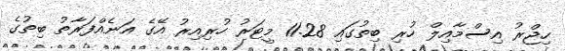
ހިޖްރު އިސްމާއިލް ހުރި ބިތުގައި 11.28 މީޓަރު ހުރިއިރު އޭގެ އަނެއްފަރާތު ބިތުގެ